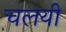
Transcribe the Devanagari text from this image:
चलयी